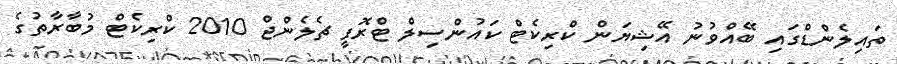
ތައިލެންޑްގައި ބޭއްވުނު އޭޝިޔަން ކްރިކެޓް ކައުންސިލް ޓްރޮފީ ޗެލެންޖް 2010 ކްރިކެޓް މުބާރާތުގެ